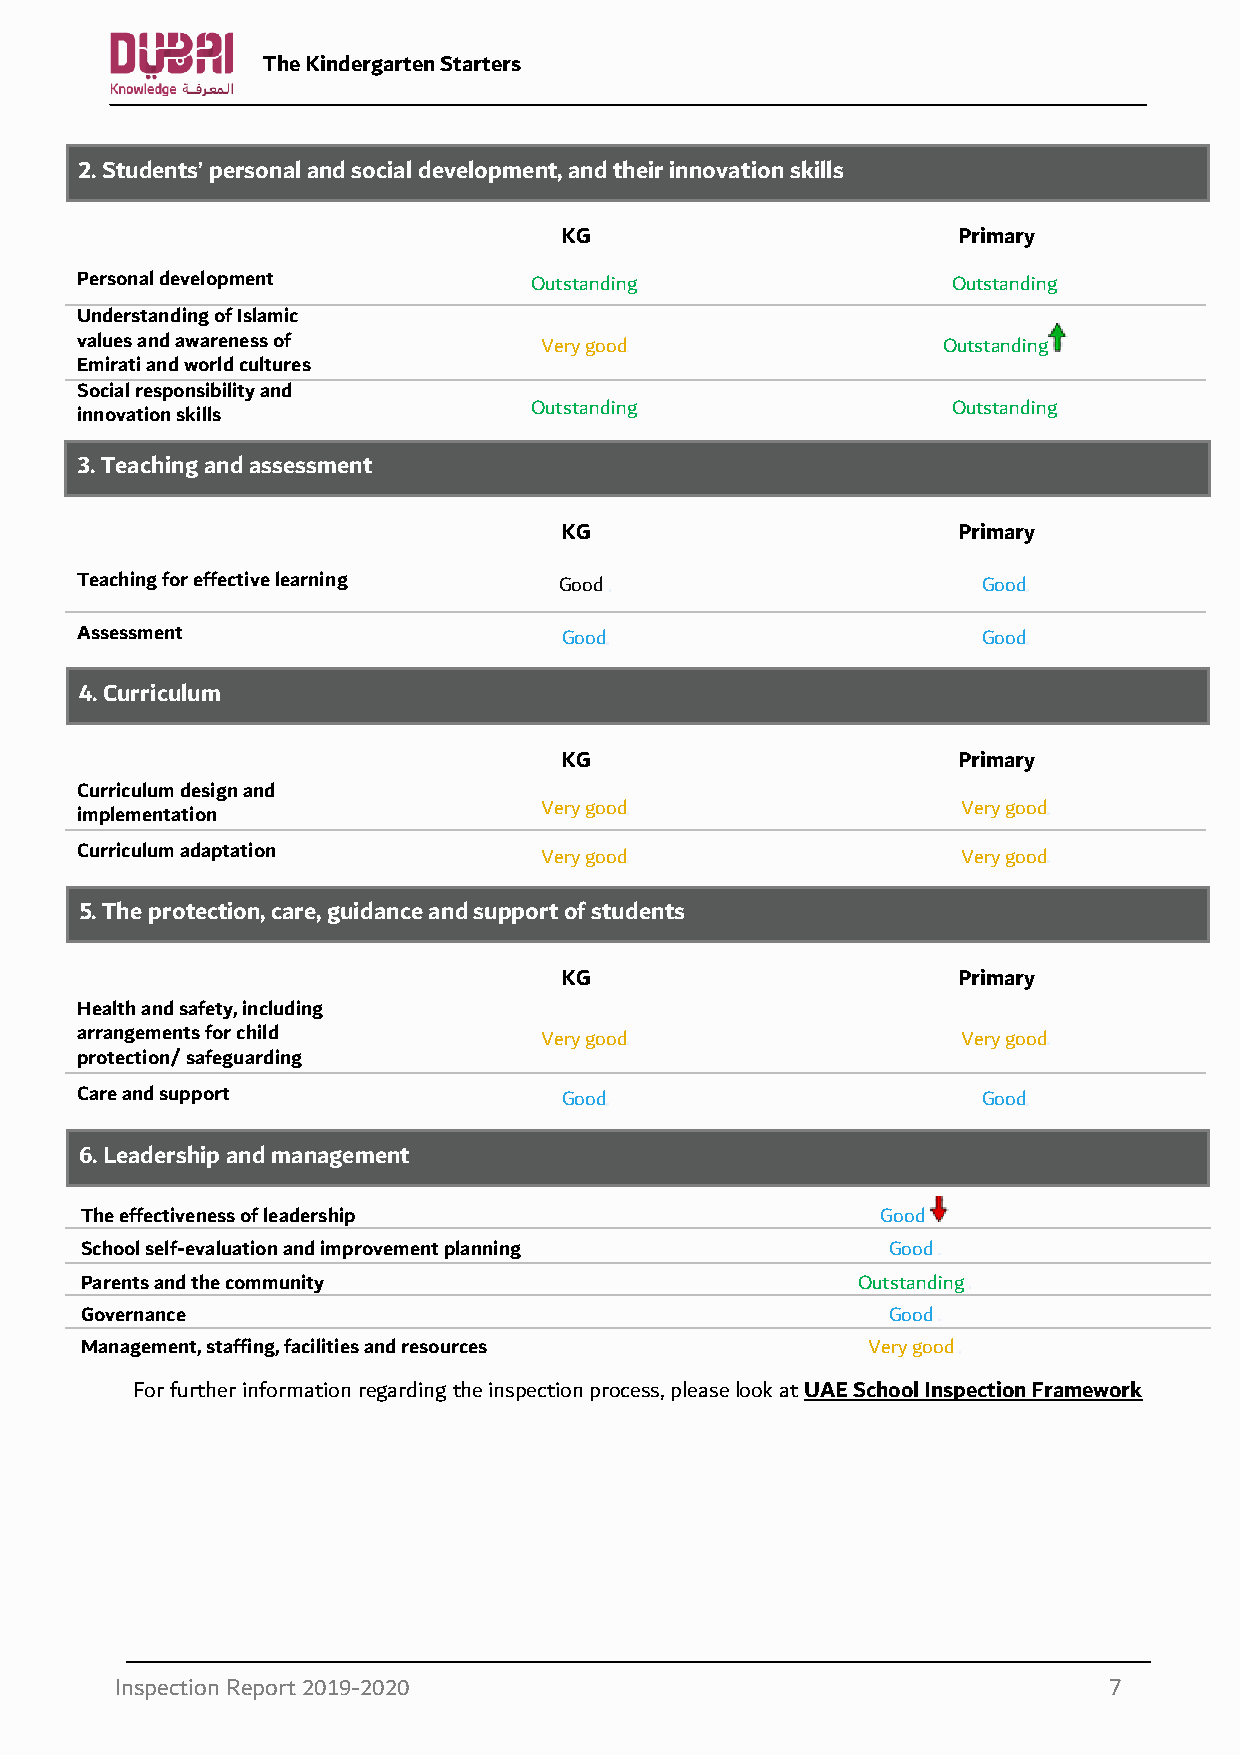
The Kindergarten Starters
 2. Students’ personal and social development, and their innovation skills
 KG                        Primary
 Personal development          Outstanding                 Outstanding
 Understanding of Islamic
 values and awareness of        Very good                 Outstanding
 Emirati and world cultures
 Social responsibility and
 Outstanding                 Outstanding
 innovation skills
 3. Teaching and assessment
 KG                        Primary
 Teaching for effective learning Good                        Good
 Assessment                      Good                        Good
 4. Curriculum
 KG                        Primary
 Curriculum design and
 Very good                   Very good
 implementation
 Curriculum adaptation          Very good                   Very good
 5. The protection, care, guidance and support of students
 KG                        Primary
 Health and safety, including
 arrangements for child         Very good                   Very good
 protection/ safeguarding
 Care and support                Good                        Good
 6. Leadership and management
 The effectiveness of leadership                      Good
 School self-evaluation and improvement planning       Good
 Parents and the community                           Outstanding
 Governance                                            Good
 Management, staffing, facilities and resources      Very good
 For further information regarding the inspection process, please look at UAE School Inspection Framework
 Inspection Report 2019-2020                                      7